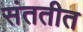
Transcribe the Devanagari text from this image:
संततीत